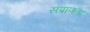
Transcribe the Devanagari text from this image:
सप्राणता